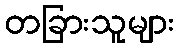
တခြားသူများ